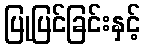
ပြုပြင်ခြင်းနှင့်